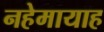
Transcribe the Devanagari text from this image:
नहेमायाह